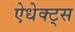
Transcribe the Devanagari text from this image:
ऐधेक्ट्स